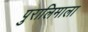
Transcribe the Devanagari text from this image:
पुरालिमाला